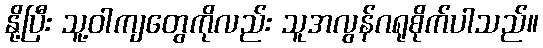
နို့ပြီး သူ့ဝါကျတွေကိုလည်း သူအလွန်ဂရုစိုက်ပါသည်။